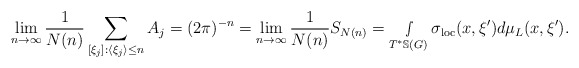
\begin{align*} \lim_{n\rightarrow\infty}\frac{1}{N(n)}\sum_{[\xi_j]:\langle \xi_j\rangle\leq n } A_j=(2\pi)^{-n}= \lim_{n\rightarrow\infty}\frac{1}{N(n)}S_{N(n)} =\smallint\limits_{T^*\mathbb{S}(G)}\sigma_{\textnormal{loc}}(x,\xi')d\mu_L(x,\xi').\end{align*}